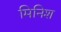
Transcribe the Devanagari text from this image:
मिनिश